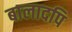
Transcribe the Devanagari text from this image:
बालादपि